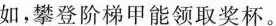
如，攀登阶梯甲能领取奖杯。